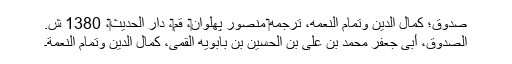
صدوق؛ کمال الدین وتمام النعمه، ترجمه‏ منصور پهلوان‏، قم‏، دار الحدیث‏، 1380 ش.
الصدوق، أبى جعفر محمد بن على بن الحسين بن بابويه القمى، كمال الدين وتمام النعمة۔